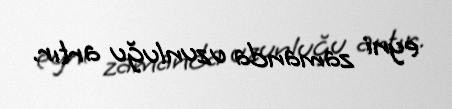
eyni zamanda uzunluğu artır.